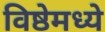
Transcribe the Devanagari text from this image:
विष्ठेमध्ये